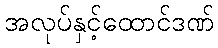
အလုပ်နှင့်ထောင်ဒဏ်